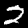
Label: 2